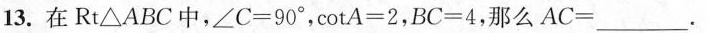
13. 在 Rt△ABC中, $$∠ C = 9 0 °$$ , $$cot A = 2$$， $$B C = 4$$ ，那么 $$A C = ___$$.